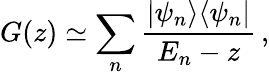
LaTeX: G(z)\simeq\sum_{n}\frac{|\psi_{n}\rangle\langle\psi_{n}|}{E_{n}-z}\, ,